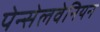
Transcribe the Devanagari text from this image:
पेन्सेलवेनियन